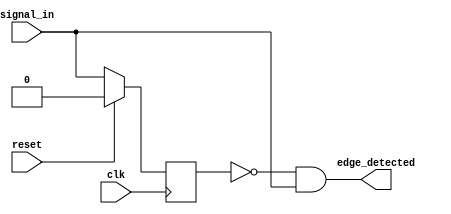
module edge_detector #(
	parameter POS_EDGE_DETECT = 1
)(
	input clk,
	input reset,
	input signal_in,
	output edge_detected
);

	reg prev_signal_in;

	always @ (posedge clk)
		if (reset)
			prev_signal_in <= 1'b0;
		else
			prev_signal_in <= signal_in;

	generate
		if (POS_EDGE_DETECT)
			assign edge_detected = (~prev_signal_in & signal_in);
		else
			assign edge_detected = (prev_signal_in & ~signal_in);
	endgenerate

endmodule